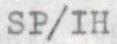
SP/IH